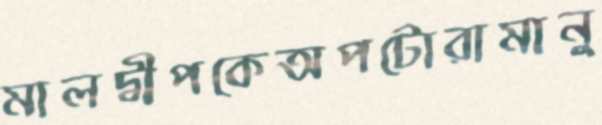
মালদ্বীপকেঅপটোরামানু